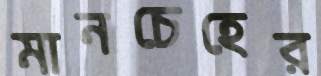
মানচেহের